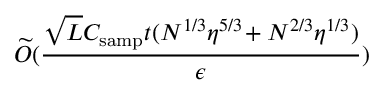
\widetilde { \cal O } ( \frac { \sqrt { L } { \cal C } _ { \mathrm { s a m p } } t ( N ^ { 1 / 3 } \eta ^ { 5 / 3 } \! + N ^ { 2 / 3 } \eta ^ { 1 / 3 } ) } { \epsilon } )